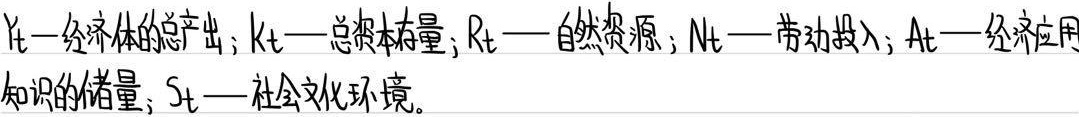
$Y_t$—经济体的总产出；$K_t$—总资本存量；$R_t$—自然资源；$N_t$—劳动投入；$A_t$—经济应用知识的储量；$S_t$—社会文化环境。